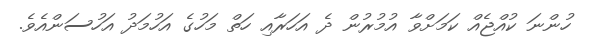
ހުންނަ ކުއްޖެއް ކަމަށްވާ އުމުރުން ދެ އަހަރާއި ހަތް މަހުގެ އަހުމަދު އަހުސަންއެވެ.